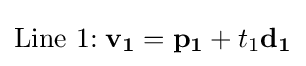
{\text{Line 1:}}\;\mathbf {v_{1}} =\mathbf {p_{1}} +t_{1}\mathbf {d_{1}}